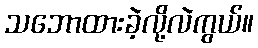
သဘောထားခဲ့လို့လဲကွယ်။